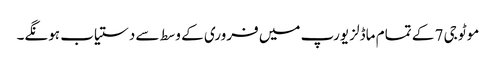
موٹو جی 7 کے تمام ماڈلز یورپ میں فروری کے وسط سے دستیاب ہونگے۔